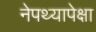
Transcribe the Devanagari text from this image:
नेपथ्यापेक्षा